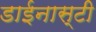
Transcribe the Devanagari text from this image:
डाईनास्टी